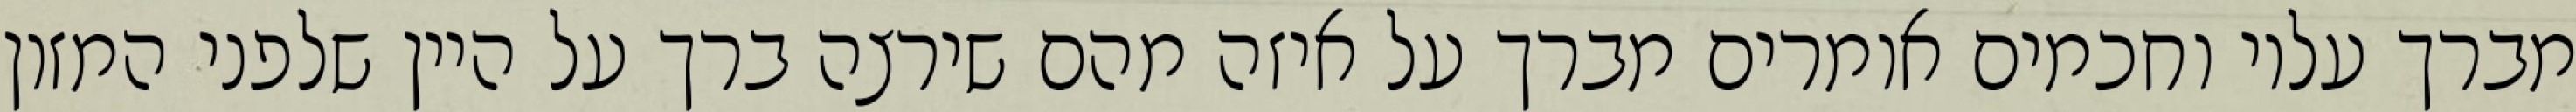
מברך עליו וחכמים אומרים מברך על איזה מהם שירצה ברך על היין שלפני המזון